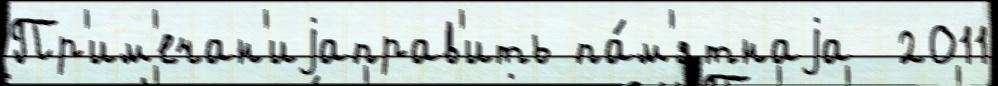
Пр'им'ечан'иjаправ'ить па́м'ятнаjа  2011